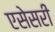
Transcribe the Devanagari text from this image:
एसेसरी